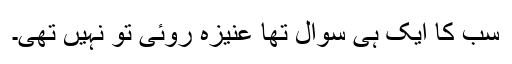
سب کا ایک ہی سوال تھا عنیزہ روئی تو نہیں تھی۔